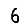
Digit: 6